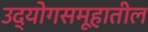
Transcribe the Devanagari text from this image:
उद्योगसमूहातील